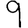
Digit: 9